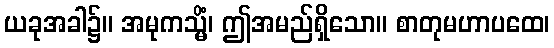
ယခုအခါ၌။ အမုကသ္မိံ၊ ဤအမည်ရှိသော။ စာတုမဟာပထေ၊